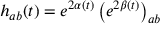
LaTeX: h _ { a b } ( t ) = e ^ { 2 \alpha ( t ) } \left( e ^ { 2 \beta ( t ) } \right) _ { a b }